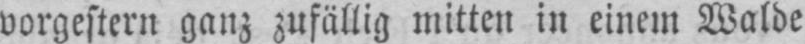
vorgestern ganz zufällig mitten in einem Walde